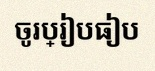
ចូរប្រៀបធៀប